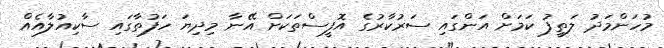
މުހަންމަދު ލަތީފު ކަމަށް އަންގައި ސަރުކާރުގެ އޮފީސްތަކަށް އޭނާ މިދިޔަ ހަފުތާގައި ސާކިއުލާއެއް